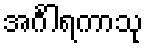
အင်္ဂါရကာသု